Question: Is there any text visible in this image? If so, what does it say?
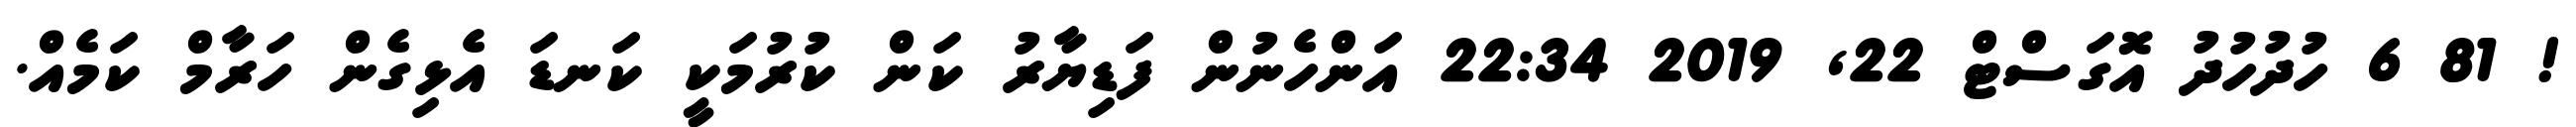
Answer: ! 81 6 ހުދުހުދު އޮގަސްޓް 22, 2019 22:34 އަންހެނުން ފަޑިޔާރު ކަން ކުރުމަކީ ކަނޑަ އެޅިގެން ހަރާމް ކަމެއް.